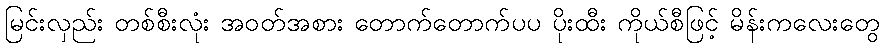
မြင်းလှည်း တစ်စီးလုံး အဝတ်အစား တောက်တောက်ပပ ပိုးထီး ကိုယ်စီဖြင့် မိန်းကလေးတွေ